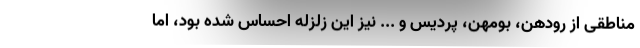
مناطقی از رودهن، بومهن، پردیس و ... نیز این زلزله احساس شده بود، اما